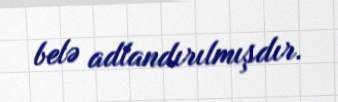
belə adlandırılmışdır.